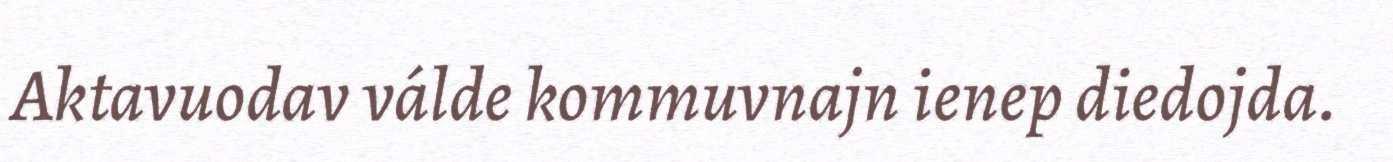
Aktavuodav válde kommuvnajn ienep diedojda.